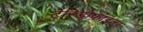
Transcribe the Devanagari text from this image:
टेरिडोफ़ाइटा